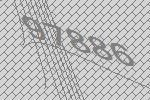
97886